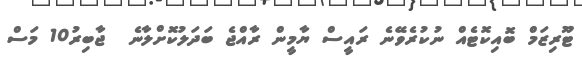
ޓޫރިޒަމް ބޮއިކޮޓެއް ނުކުރެވޭނެ ރައީސް ޔާމީން ރާއްޖެ ބަދަލުކޮށްލާނެ  ޖާބިރު10 މަސް